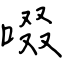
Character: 啜